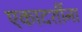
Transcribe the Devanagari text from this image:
एकादशींना